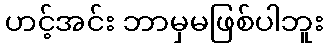
ဟင့်အင်း ဘာမှမဖြစ်ပါဘူး